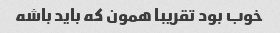
خوب بود تقریبا همون که باید باشه